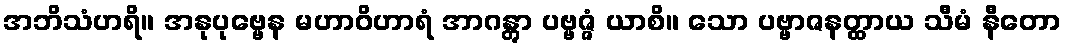
အဘိသံဟရိ။ အနုပုဗ္ဗေန မဟာဝိဟာရံ အာဂန္တွာ ပဗ္ဗဇ္ဇံ ယာစိ။ သော ပဗ္ဗာဇနတ္ထာယ သီမံ နီတော